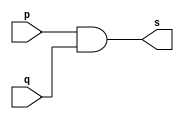
// Exemplo0003 - AND
// Nome: Vitor Angelo Lima

module andgate (output s, input p, input q);
	assign s = p & q;
endmodule

module testandgate;
	reg a, b;
	wire s;
	andgate AND (s, a, b);

	initial begin:start
		a=0; b=0;
	end

	initial begin:main
		$display("Exemplo 0003 - Vitor Angelo Lima - 451621");
		$display("Test AND gate");
		$display("\na & b = s\n");
	a=0; b=0;
	#1 $display("%b & %b = %b", a, b, s);
	a=0; b=1;
	#1 $display("%b & %b = %b", a, b, s);
	a=1; b=0;
	#1 $display("%b & %b = %b", a, b, s);
	a=1; b=1;
	#1 $display("%b & %b = %b", a, b, s);
	end
endmodule